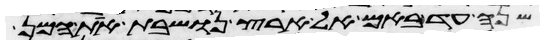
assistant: שנה עד באם אל ארץ נושבת את המן